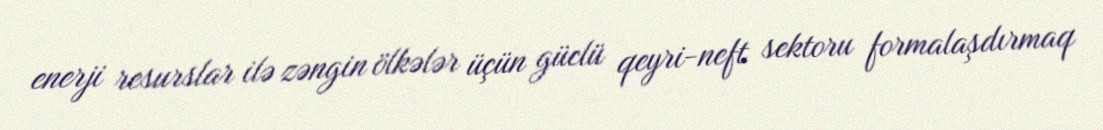
enerji resurslar ilə zəngin ölkələr üçün güclü qeyri-neft sektoru formalaşdırmaq